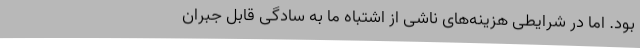
بود. اما در شرایطی هزینه‌های ناشی از اشتباه ما به سادگی قابل جبران